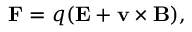
\mathbf { F } = q ( \mathbf { E } + \mathbf { v } \times \mathbf { B } ) ,